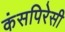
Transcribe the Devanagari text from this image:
कंसपिरेसी